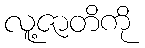
လူ့ဇာတိကို